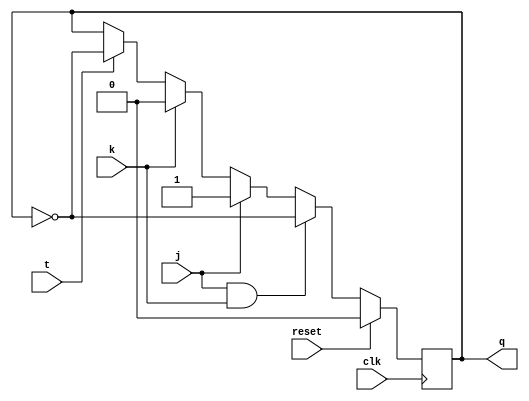
module t_flip_flop_with_jk (input clk, input reset, input t, j, k, output reg q);

always @(posedge clk) begin
    if (reset) begin
        q <= 1'b0;
    end else if (j && k) begin
        q <= ~q;
    end else if (j) begin
        q <= 1'b1;
    end else if (k) begin
        q <= 1'b0;
    end else if (t) begin
        q <= ~q;
    end
end

endmodule